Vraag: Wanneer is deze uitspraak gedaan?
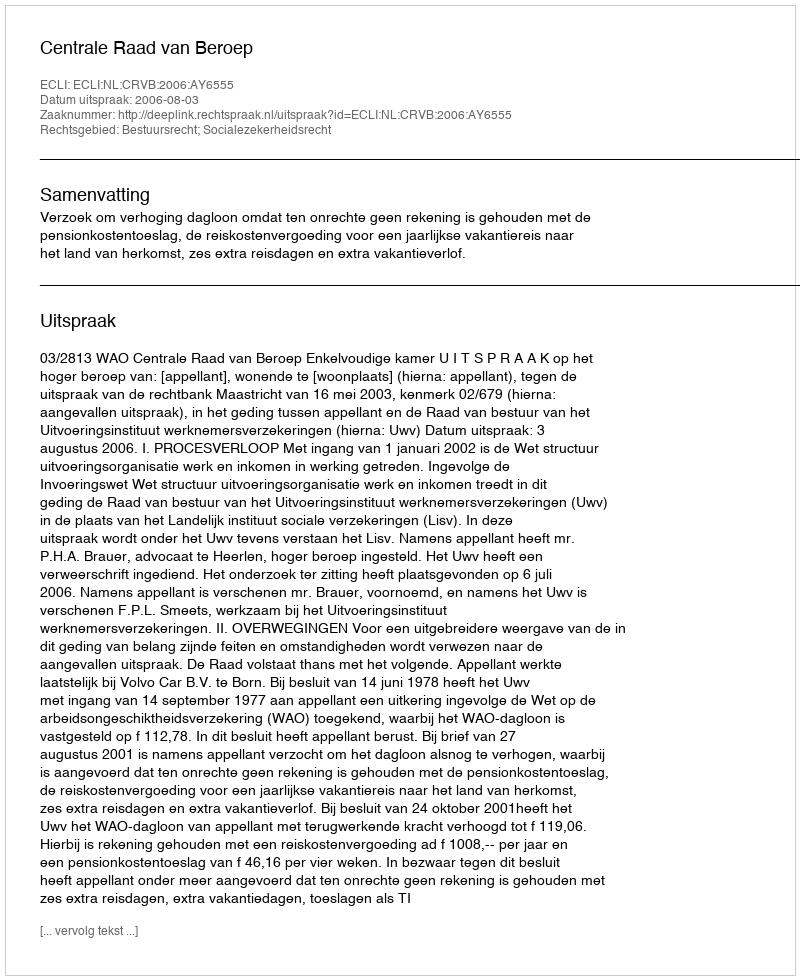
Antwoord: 2006-08-03